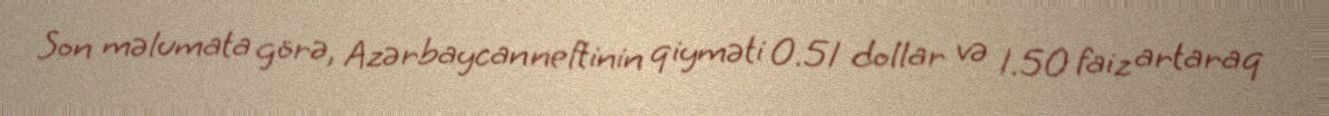
Son məlumata görə, Azərbaycan neftinin qiyməti 0.51 dollar və 1.50 faiz artaraq